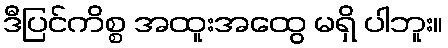
ဒီပြင်ကိစ္စ အထူးအထွေ မရှိ ပါဘူး။